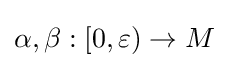
\alpha ,\beta :[0,\varepsilon )\to M